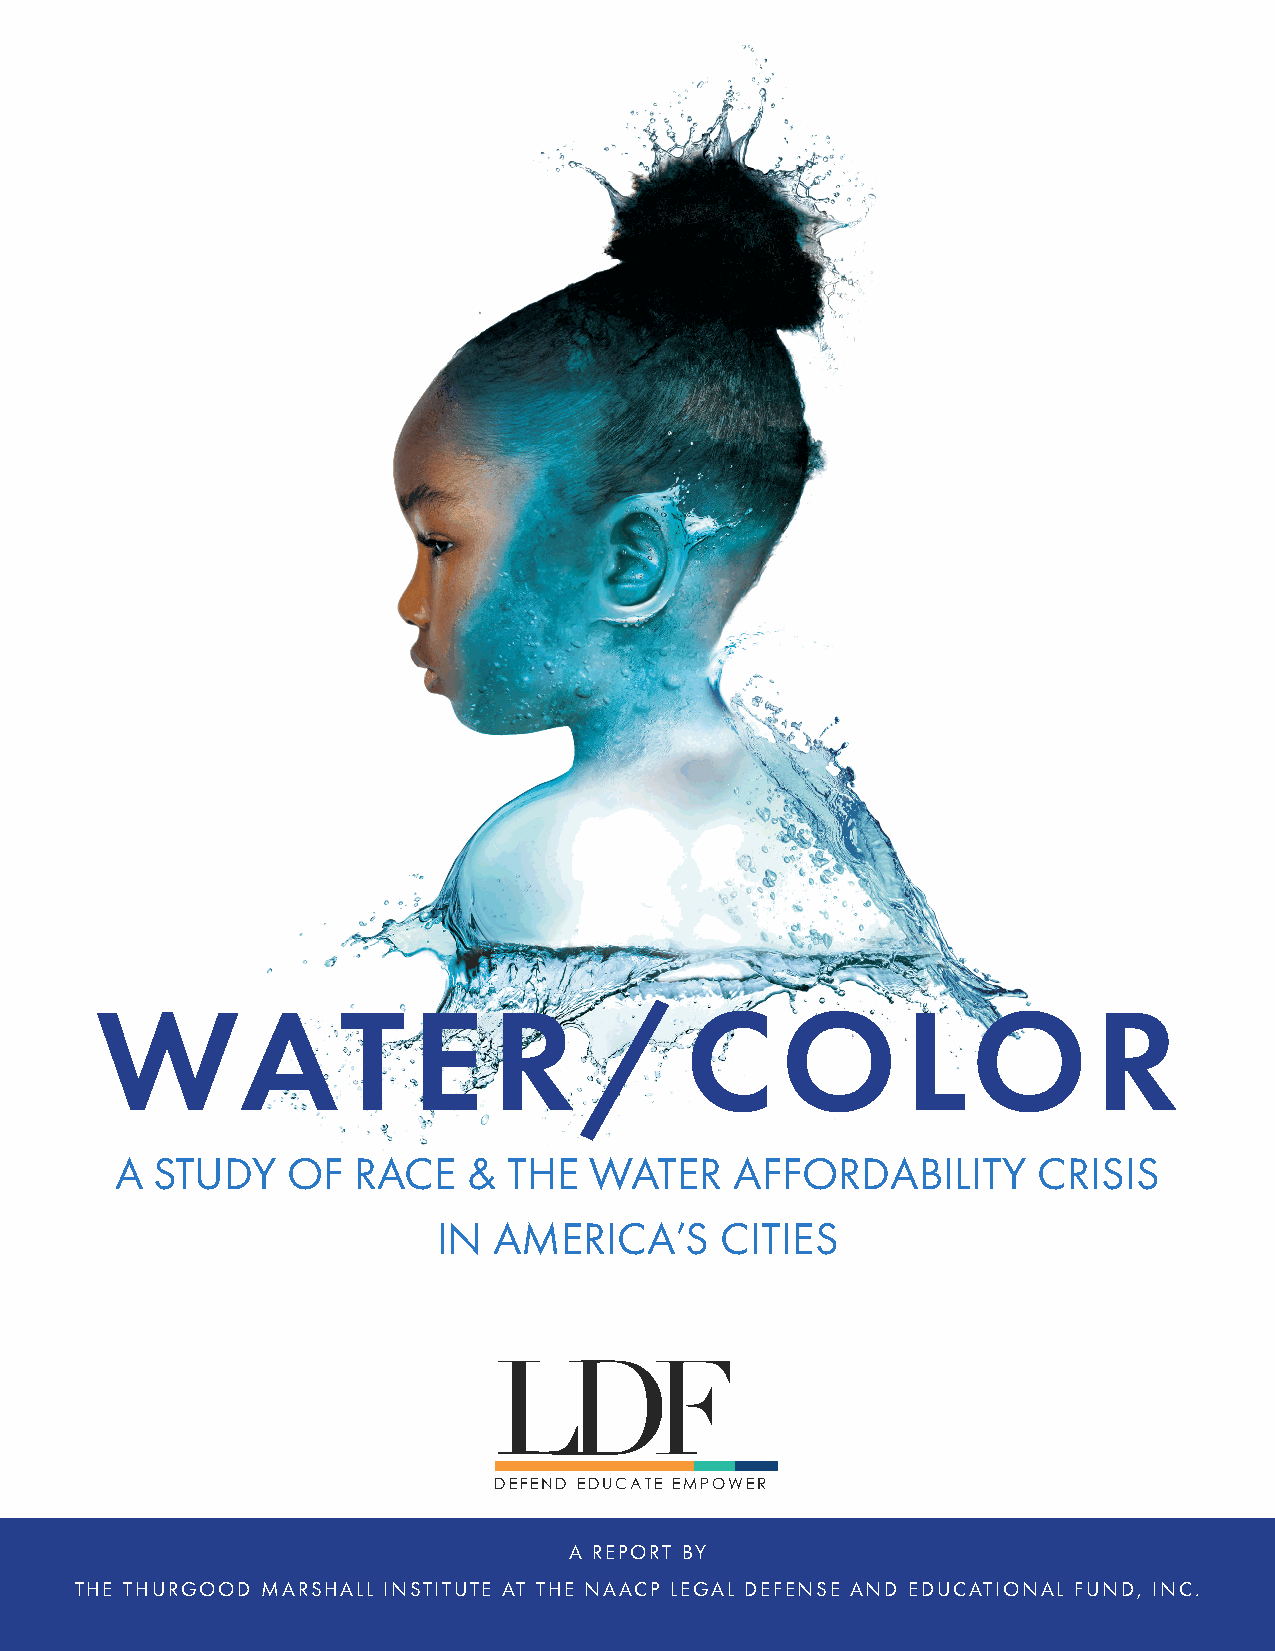
WAT                  E     R     /     C      O       LO          R
 A STUDY    OF  RACE    &  THE  WATER     AFFORDABILITY       CRISIS
 IN  AMERICA’S      CITIES
 DEFEND EDUCATE EMPOWER
 A REPORT BY
 THE THURGOOD MARSHALL INSTITUTE AT THE NAACP LEGAL DEFENSE AND EDUCATIONAL FUND, INC1.